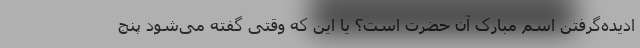
ادیده‌گرفتن اسم مبارک آن حضرت است؟ یا این که وقتی گفته می‌شود پنج